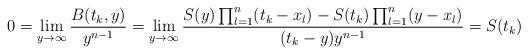
LaTeX: \begin{align*}0=\lim_{y\to\infty}\frac{{B}({t}_k,y)}{y^{n-1}}=\lim_{y\to\infty}\frac{{S}(y)\prod_{l=1}^n({t}_k-{x}_l)-{S}({t}_k)\prod_{l=1}^n(y-{x}_l)}{({t}_k-y)y^{n-1}}={S}({t}_k)\end{align*}